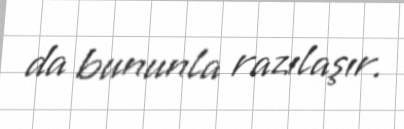
da bununla razılaşır.